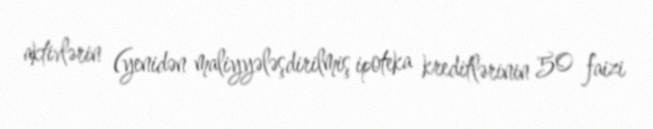
aktivlərin (yenidən maliyyələşdirilmiş ipoteka kreditlərinin 50 faizi